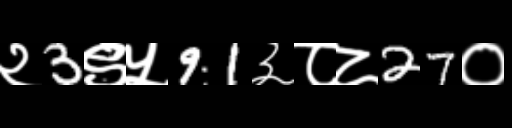
Text: २3९५91३८८27०